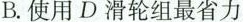
B.使用D滑轮组最省力